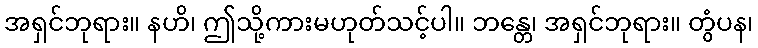
အရှင်ဘုရား။ နဟိ၊ ဤသို့ကားမဟုတ်သင့်ပါ။ ဘန္တေ၊ အရှင်ဘုရား။ တွံပန၊